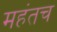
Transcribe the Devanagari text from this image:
महंतच